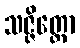
သဇ္ဇိတ္ထော